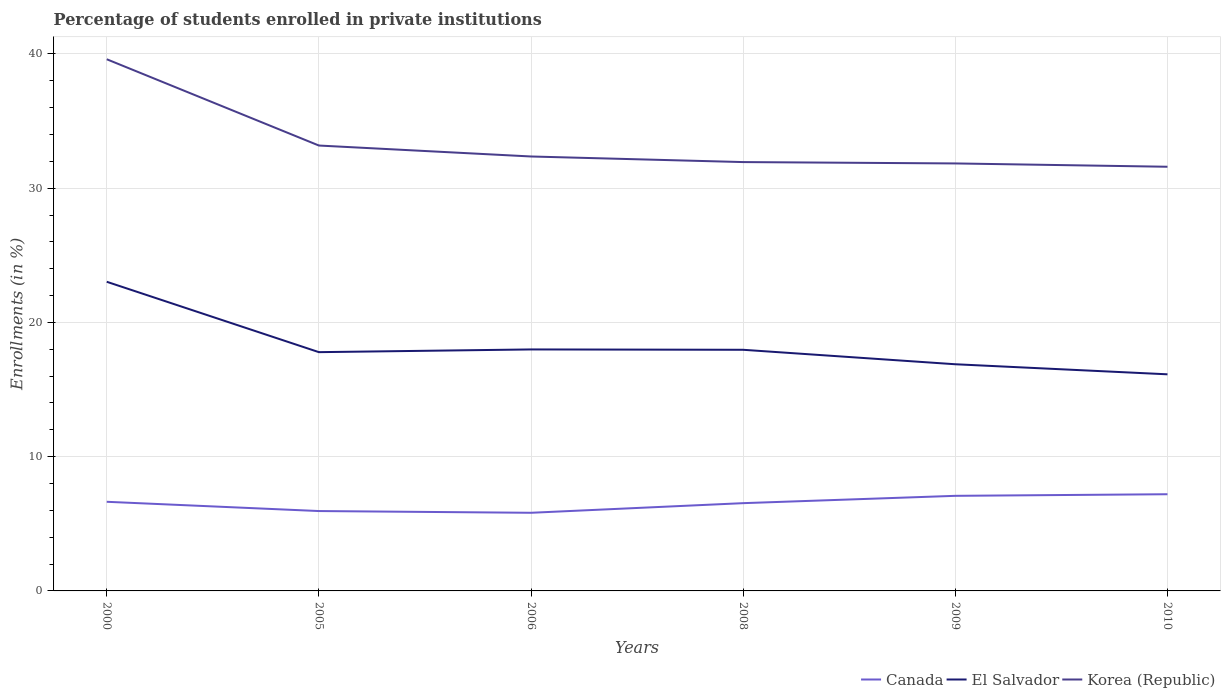
| Years | Canada | El Salvador | Korea (Republic) |
 | --- | --- | --- | --- |
 | 2000 | 6.64 | 23 | 39.6 |
 | 2005 | 5.95 | 17.8 | 33.2 |
 | 2006 | 5.82 | 18 | 32.4 |
 | 2008 | 6.54 | 18 | 31.9 |
 | 2009 | 7.08 | 16.9 | 31.8 |
 | 2010 | 7.2 | 16.1 | 31.6 |